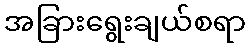
အခြားရွေးချယ်စရာ